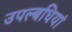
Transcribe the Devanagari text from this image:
उपल्बधियां